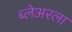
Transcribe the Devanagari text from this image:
ब्लेअरला